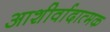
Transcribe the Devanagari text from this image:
आशीर्वादात्मक